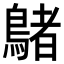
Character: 𪃲